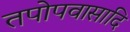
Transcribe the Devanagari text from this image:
तपोपवासादि